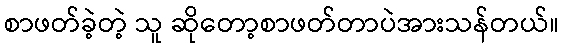
စာဖတ်ခဲ့တဲ့ သူ ဆိုတော့စာဖတ်တာပဲအားသန်တယ်။